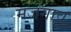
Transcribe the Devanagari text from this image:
मजगाव